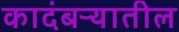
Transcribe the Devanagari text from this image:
कादंबऱ्यातील